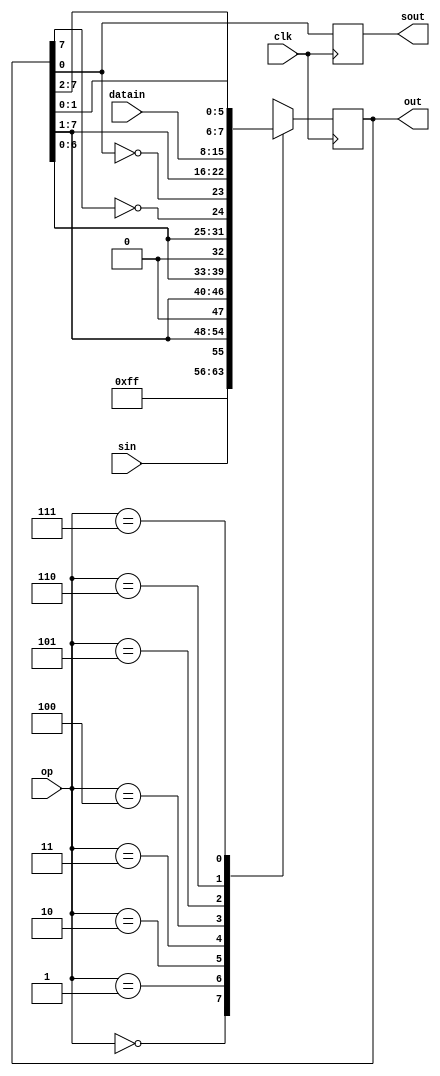
module shiftreg(out,sout,datain,sin,op,clk);
  input [7:0] datain;
  input [2:0] op;
  input sin, clk;
  output [7:0] out;
  output sout;
  reg [7:0] out;
  reg sout;
  
  always @(posedge clk) begin
    case (op)
      3'b000: out <= 8'hFF;
      3'b001: out <= {sin, out[7:1]};
      3'b010: out <= {1'b0, out[7:1]};
      3'b011: out <= {out[6:0], 1'b0};
      3'b100: out <= {out[6:0], ~out[7]};
      3'b101: out <= {~out[0], out[7:1]};
      3'b110: out <= datain;
      3'b111: out <= {out[1:0], out[7:2]};
    endcase
    sout <= out[0];
  end
endmodule